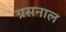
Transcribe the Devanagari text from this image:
ग्रसनाल